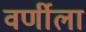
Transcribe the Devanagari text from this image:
वर्णीला